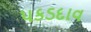
પકડદાવ